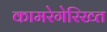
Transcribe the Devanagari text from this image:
कामरेगेरिख्त